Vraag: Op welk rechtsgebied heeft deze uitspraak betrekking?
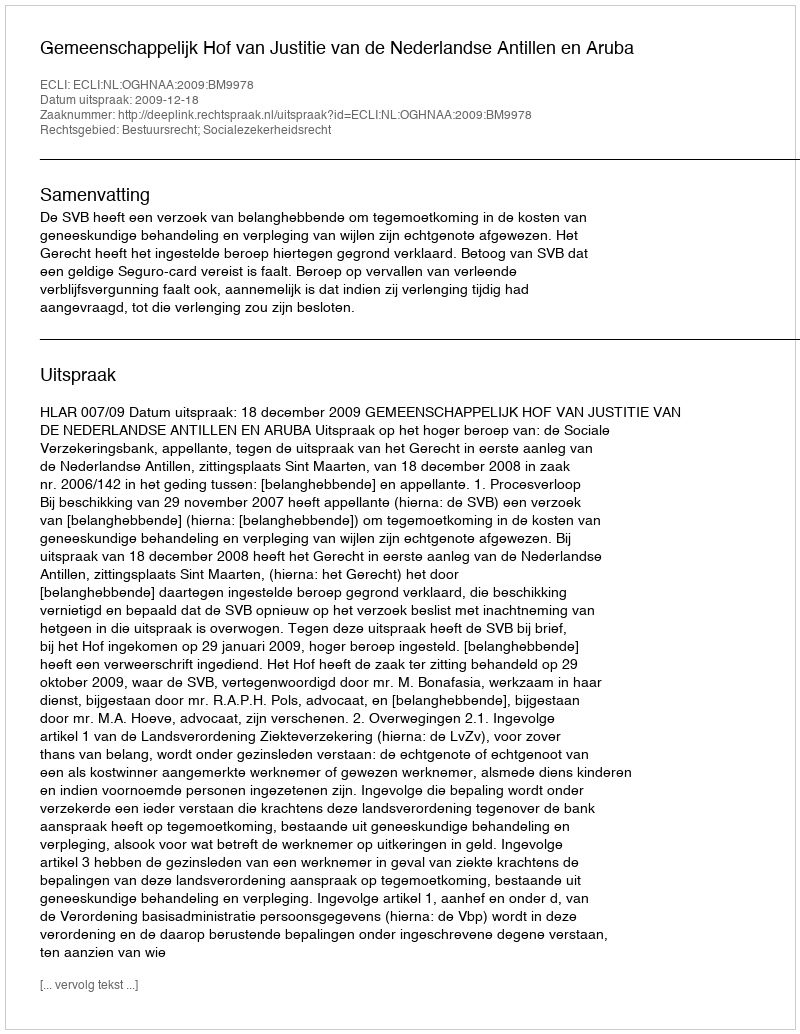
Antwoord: Bestuursrecht; Socialezekerheidsrecht